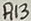
Text: R13